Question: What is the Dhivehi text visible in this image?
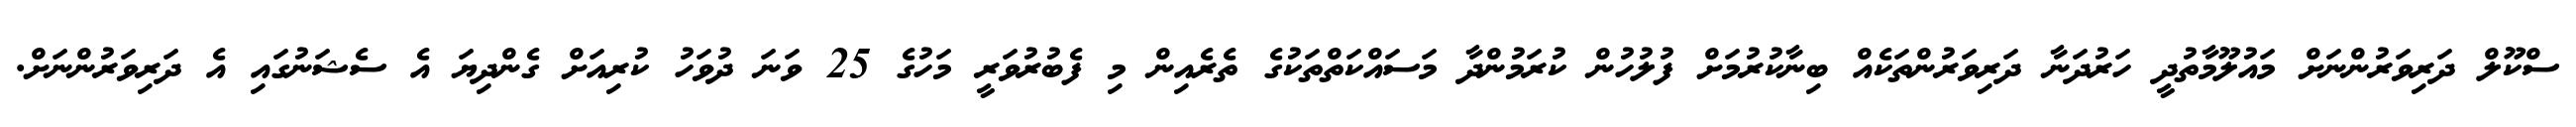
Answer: ސްކޫލް ދަރިވަރުންނަށް މައުލޫމާތުދީ ހަރުދަނާ ދަރިވަރުންތަކެއް ބިނާކުރުމަށް ފުލުހުން ކުރަމުންދާ މަސައްކަތްތަކުގެ ތެރެއިން މި ފެބުރުވަރީ މަހުގެ 25 ވަނަ ދުވަހު ކުރިއަށް ގެންދިޔަ އެ ސެޝަނުގައި އެ ދަރިވަރުންނަށް.